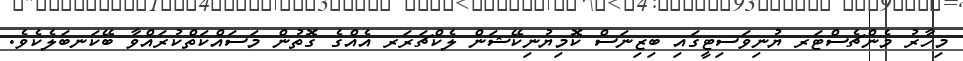
މިހާރު މެންޗެސްޓަރ ޔުނިވަސިޓީގައި ބިޒިނަސް ކޮމިޔުނިކޭޝަން ލެކްޗަރަރ އެއްގެ ގޮތުން މަސައްކަތްކުރައްވާ ބޭކަނބަލެކެވެ.